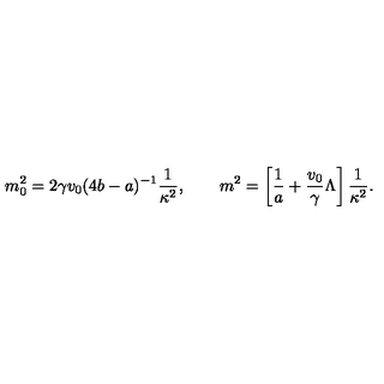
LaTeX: m _ { 0 } ^ { 2 } = 2 \gamma v _ { 0 } ( 4 b - a ) ^ { - 1 } \frac { 1 } { \kappa ^ { 2 } } , \qquad m ^ { 2 } = \left[ \frac { 1 } { a } + \frac { v _ { 0 } } { \gamma } \Lambda \right] \frac { 1 } { \kappa ^ { 2 } } .